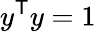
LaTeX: y^{\textsf{T}}y=1